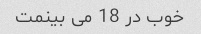
خوب در 18 می بینمت